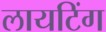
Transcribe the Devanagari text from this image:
लायटिंग